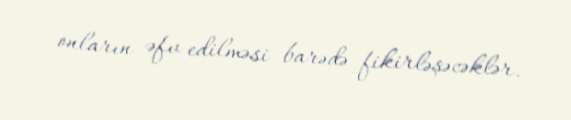
onların əfv edilməsi barədə fikirləşəcəklər.